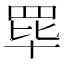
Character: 𬙝